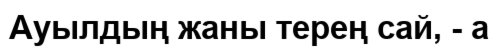
Ауылдың жаны терең сай, - а